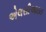
એલસીઆઇઇ